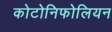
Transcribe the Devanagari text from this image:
कोटोनिफोलियन